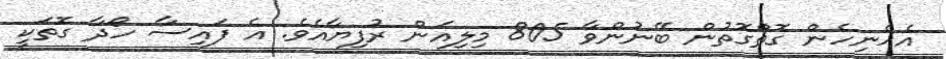
އެހެނިހެން ގޮތްގޮތުން ބޭނުންވާ 805 މިލިއަން ރުފިޔާއެވެ. އެ ފައިސާ ހޯދާ ގޮތަކީ